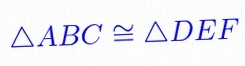
\triangle ABC\cong\triangle DEF